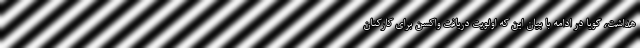
هداشت، گویا در ادامه با بیان این که اولویت دریافت واکسن برای کارکنان